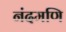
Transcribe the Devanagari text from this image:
नंदमणि